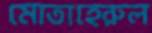
মোতাহেরুল